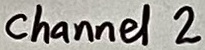
Text: channel 2